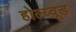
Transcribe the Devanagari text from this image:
होल्य्वूड